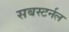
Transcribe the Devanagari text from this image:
सबस्टर्नल